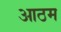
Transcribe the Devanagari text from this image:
आठम